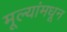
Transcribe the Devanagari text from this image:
मूल्‍यांमधून